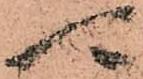
可